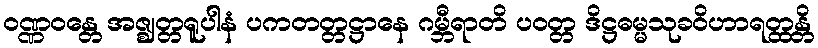
ဝဏ္ဏဝန္တေ အဇ္ဈတ္တရူပါနံ ပကတတ္တဋ္ဌာနေ ဂမ္ဘီရာတိ ပဝတ္တ ဒိဋ္ဌဓမ္မသုခဝိဟာရတ္ထန္တိ